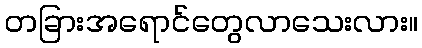
တခြားအရောင်တွေလာသေးလား။